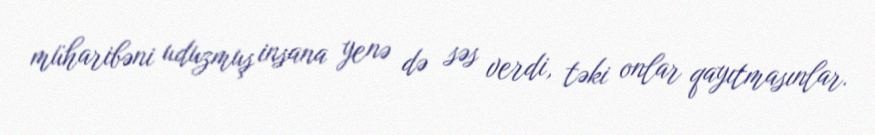
müharibəni uduzmuş insana yenə də səs verdi, təki onlar qayıtmasınlar.